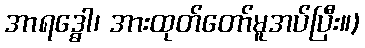
အာရဒ္ဓေါ၊ အားထုတ်တော်မူအပ်ပြီး။)